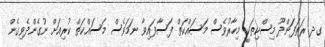
ގދ ރަތަފަންދޫ މިސްކިތަކީ މިހާރުވެސް މަސައްކަތް ފަސާފައިވާ ނަމަވެސް މަސައްކަތް ކުރިއަށް ނުގެންދެވިގެން